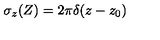
\sigma _ { z } ( Z ) = 2 \pi \delta ( z - z _ { 0 } )